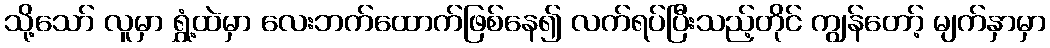
သို့သော် လူမှာ ရွှံ့ထဲမှာ လေးဘက်ထောက်ဖြစ်နေ၍ လက်ရပ်ပြီးသည့်တိုင် ကျွန်တော့် မျက်နှာမှာ